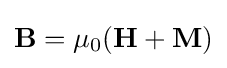
\mathbf {B} =\mu _{0}(\mathbf {H} +\mathbf {M} )